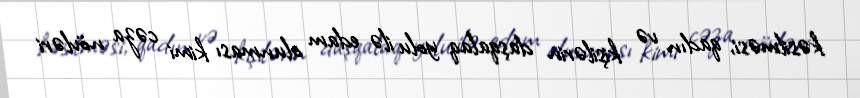
kəsilməsi, qadın və kişilərin daşqalaq yolu ilə edam olunması kimi cəza növləri